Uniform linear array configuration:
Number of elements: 4
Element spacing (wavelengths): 1
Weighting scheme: exponential
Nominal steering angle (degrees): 0
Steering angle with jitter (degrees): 1.353
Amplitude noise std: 0.05
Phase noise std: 0.05

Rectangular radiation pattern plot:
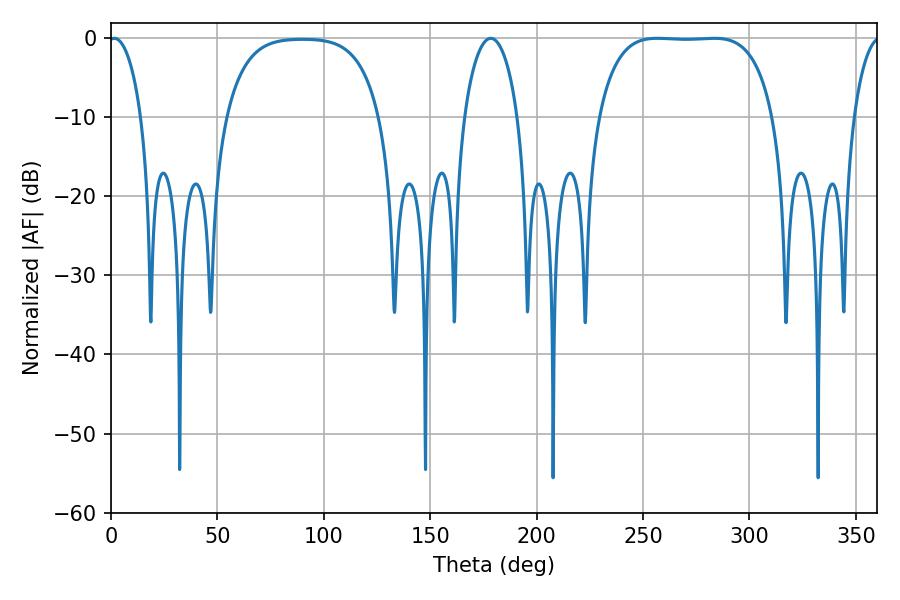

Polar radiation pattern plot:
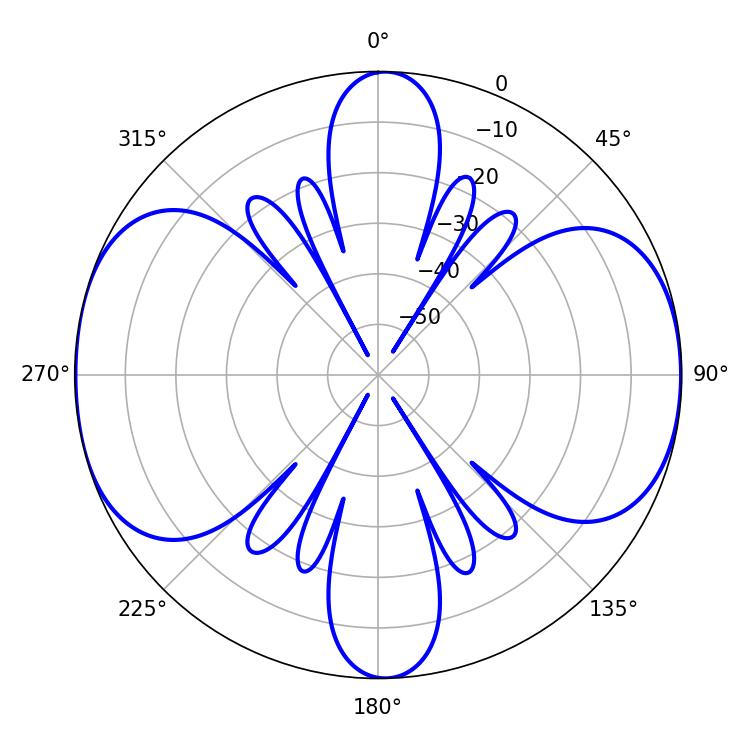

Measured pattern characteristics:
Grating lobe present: TRUE
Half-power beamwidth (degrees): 64.08
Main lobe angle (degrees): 283.32